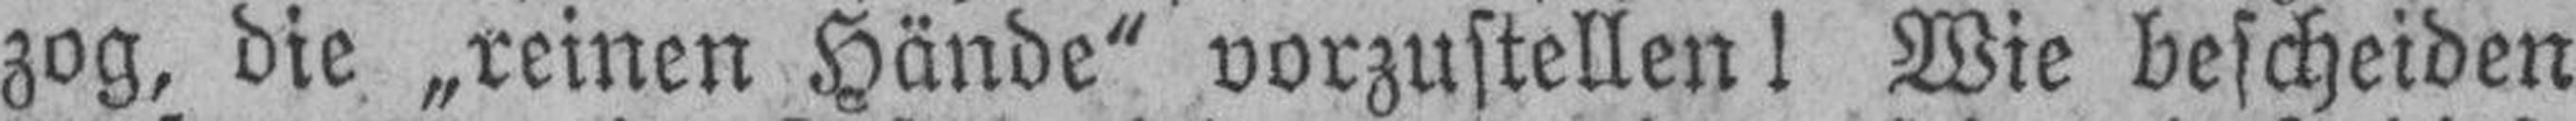
zog, die „reinen Hände“ vorzustellen! Wie bescheiden